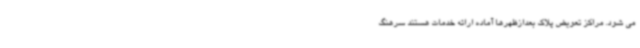
می شود. مراکز تعویض پلاک بعدازظهرها آماده ارائه خدمات هستند سرهنگ